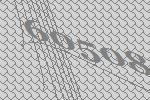
60508